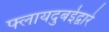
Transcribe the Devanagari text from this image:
फ्लायदुबईद्वारे